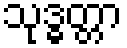
သုဒ္ဓတ္တာ